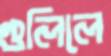
গুলিলে